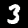
Label: 3